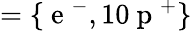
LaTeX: =\lbrace\mathrm{~e~}^{-},10\mathrm{~p~}^{+}\rbrace